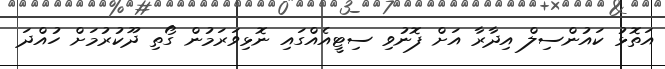
އަތޮޅު ކައުންސިލް އިދާރާ އަށް ފޮނުވި ސިޓީއެއްގައި ނޮޅިވަރަމުން ގޯތި ދޫކުރުމަށް ހުއްދަ